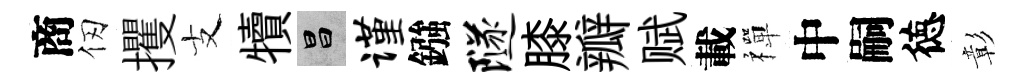
商仞攫支犢昌谨鏹隧膝瓣赋載禪中嗣徳彰